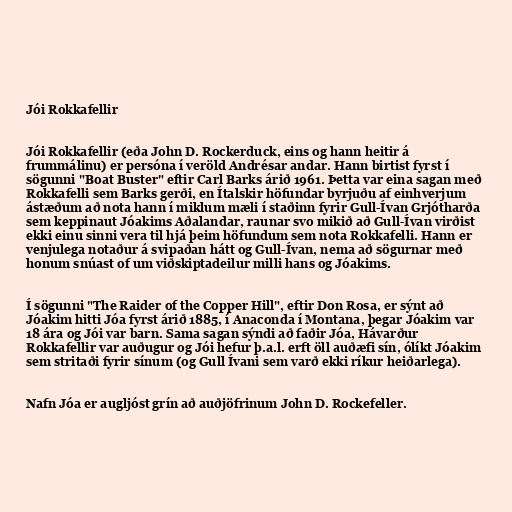
Jói Rokkafellir

Jói Rokkafellir (eða John D. Rockerduck, eins og hann heitir á
frummálinu) er persóna í veröld Andrésar andar. Hann birtist fyrst í
sögunni "Boat Buster" eftir Carl Barks árið 1961. Þetta var eina sagan með
Rokkafelli sem Barks gerði, en Ítalskir höfundar byrjuðu af einhverjum
ástæðum að nota hann í miklum mæli í staðinn fyrir Gull-Ívan Grjótharða
sem keppinaut Jóakims Aðalandar, raunar svo mikið að Gull-Ívan virðist
ekki einu sinni vera til hjá þeim höfundum sem nota Rokkafelli. Hann er
venjulega notaður á svipaðan hátt og Gull-Ívan, nema að sögurnar með
honum snúast of um viðskiptadeilur milli hans og Jóakims.

Í sögunni "The Raider of the Copper Hill", eftir Don Rosa, er sýnt að
Jóakim hitti Jóa fyrst árið 1885, í Anaconda í Montana, þegar Jóakim var
18 ára og Jói var barn. Sama sagan sýndi að faðir Jóa, Hávarður
Rokkafellir var auðugur og Jói hefur þ.a.l. erft öll auðæfi sín, ólíkt Jóakim
sem stritaði fyrir sínum (og Gull Ívani sem varð ekki ríkur heiðarlega).

Nafn Jóa er augljóst grín að auðjöfrinum John D. Rockefeller.